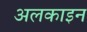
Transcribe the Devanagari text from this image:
अलकाइन